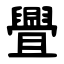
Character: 舋